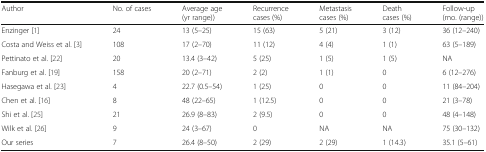
<table><thead><tr><td><b>Author</b></td><td><b>No. of cases</b></td><td><b>Average age (yr range))</b></td><td><b>Recurrence cases (%)</b></td><td><b>Metastasis cases (%)</b></td><td><b>Death cases (%)</b></td><td><b>Follow-up (mo. (range))</b></td></tr></thead><tbody><tr><td>Enzinger [1]</td><td>24</td><td>13 (5–25)</td><td>15 (63)</td><td>5 (21)</td><td>3 (12)</td><td>36 (12–240)</td></tr><tr><td>Costa and Weiss et al. [3]</td><td>108</td><td>17 (2–70)</td><td>11 (12)</td><td>4 (4)</td><td>1 (1)</td><td>63 (5–189)</td></tr><tr><td>Pettinato et al. [22]</td><td>20</td><td>13.4 (3–42)</td><td>5 (25)</td><td>1 (5)</td><td>1 (5)</td><td>NA</td></tr><tr><td>Fanburg et al. [19]</td><td>158</td><td>20 (2–71)</td><td>2 (2)</td><td>1 (1)</td><td>0</td><td>6 (12–276)</td></tr><tr><td>Hasegawa et al. [23]</td><td>4</td><td>22.7 (0.5–54)</td><td>1 (25)</td><td>0</td><td>0</td><td>11 (84–204)</td></tr><tr><td>Chen et al. [16]</td><td>8</td><td>48 (22–65)</td><td>1 (12.5)</td><td>0</td><td>0</td><td>21 (3–78)</td></tr><tr><td>Shi et al. [25]</td><td>21</td><td>26.9 (8–83)</td><td>2 (9.5)</td><td>0</td><td>0</td><td>48 (4–148)</td></tr><tr><td>Wilk et al. [26]</td><td>9</td><td>24 (3–67)</td><td>0</td><td>NA</td><td>NA</td><td>75 (30–132)</td></tr><tr><td>Our series</td><td>7</td><td>26.4 (8–50)</td><td>2 (29)</td><td>2 (29)</td><td>1 (14.3)</td><td>35.1 (5–61)</td></tr></tbody></table>